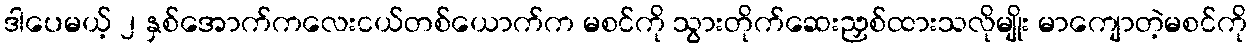
ဒါပေမယ့် ၂ နှစ်အောက်ကလေးငယ်တစ်ယောက်က မစင်ကို သွားတိုက်ဆေးညှစ်ထားသလိုမျိုး မာကျောတဲ့မစင်ကို